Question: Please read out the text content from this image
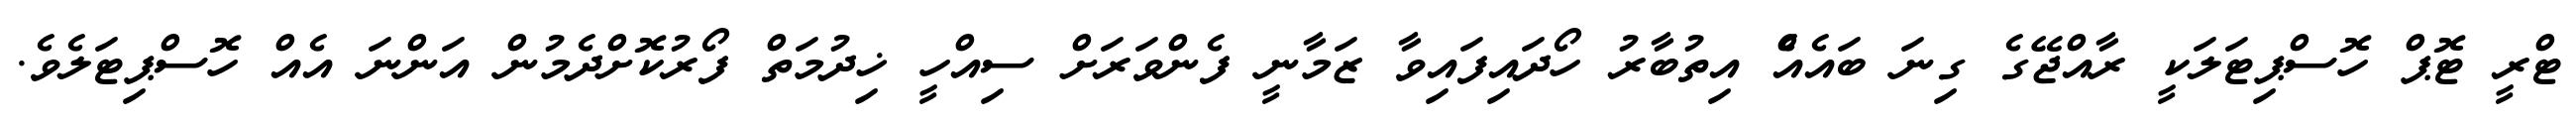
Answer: ޓްރީ ޓޮޕް ހޮސްޕިޓަލަކީ ރާއްޖޭގެ ގިނަ ބައެއްެ އިތުބާރު ހޯދައިފައިވާ ޒަމާނީ ފެންވަރަށް ސިއްހީ ޚިދުމަތް ފޯރުކޮށްދެމުން އަންނަ އެއް ހޮސްޕިޓަލެވެ.